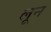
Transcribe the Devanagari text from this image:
लून